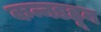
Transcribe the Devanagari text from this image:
कन्नडहून